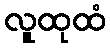
လူထုထံ